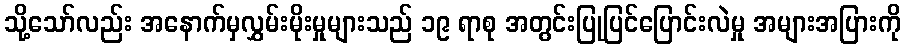
သို့သော်လည်း အနောက်မှလွှမ်းမိုးမှုများသည် ၁၉ ရာစု အတွင်းပြုပြင်ပြောင်းလဲမှု အများအပြားကို